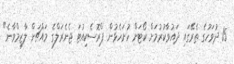
15 ދުވަހުގެ ތެރޭގައި ދައުވާކުރުމަށް ކޯޓަށް ހުށަހެޅުން ޕްރޮސެކިއުޓަ ޖެނެރަލްގެ މައްޗަށް ލާޒިމްވާނެ"